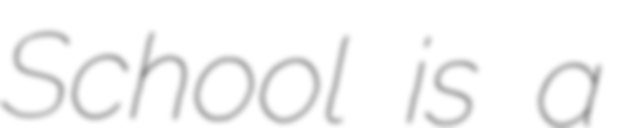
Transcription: School is a